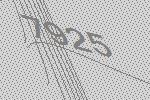
7925